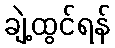
ချဲ့ထွင်ရန်